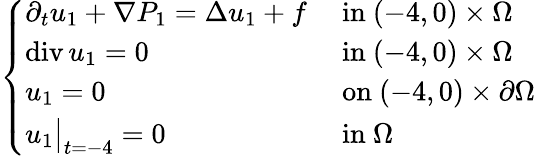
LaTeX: \begin{array}{r}{\left\{ \begin{array}{ll}{\partial_{t}u_{1}+\nabla P_{1}=\Delta u_{1}+f}&{\mathrm{~in~}(-4,0)\times\Omega}\\ {\operatorname{div}u_{1}=0}&{\mathrm{~in~}(-4,0)\times\Omega}\\ {u_{1}=0}&{\mathrm{~on~}(-4,0)\times\partial\Omega}\\ {u_{1}\bigr\rvert_{t=-4}=0}&{\mathrm{~in~}\Omega}\end{array}\right.}\end{array}